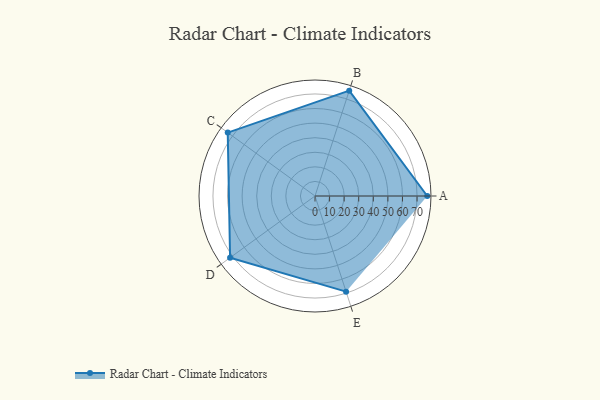
{"axis": {"x": "Skill", "y": "Score"}, "legend": ["Profile"], "data": [{"x": "A", "y": 77.0, "type": "Profile"}, {"x": "B", "y": 76.0, "type": "Profile"}, {"x": "C", "y": 74.0, "type": "Profile"}, {"x": "D", "y": 72.0, "type": "Profile"}, {"x": "E", "y": 69.0, "type": "Profile"}]}